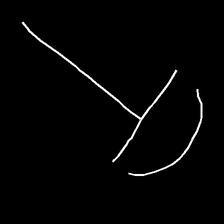
Glyph: dispersion